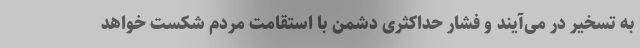
به تسخیر در می‌آیند و فشار حداکثری دشمن با استقامت مردم شکست خواهد